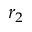
r _ { 2 }